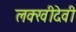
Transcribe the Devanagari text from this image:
लक्खीदेवी